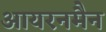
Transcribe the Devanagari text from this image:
आयरनमैन